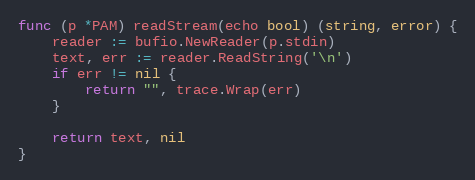
Language: Go
func (p *PAM) readStream(echo bool) (string, error) {
	reader := bufio.NewReader(p.stdin)
	text, err := reader.ReadString('\n')
	if err != nil {
		return "", trace.Wrap(err)
	}

	return text, nil
}